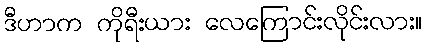
ဒီဟာက ကိုရီးယား လေကြောင်းလိုင်းလား။